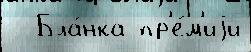
  Бла́нка пр'е́м'иjи